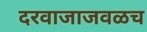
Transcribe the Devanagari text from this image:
दरवाजाजवळच